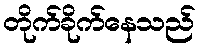
တိုက်ခိုက်နေသည်